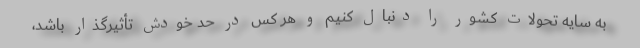
به سایه تحولات کشور را دنبال کنیم و هر کس در حد خودش تأثیرگذار باشد،